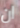
ان